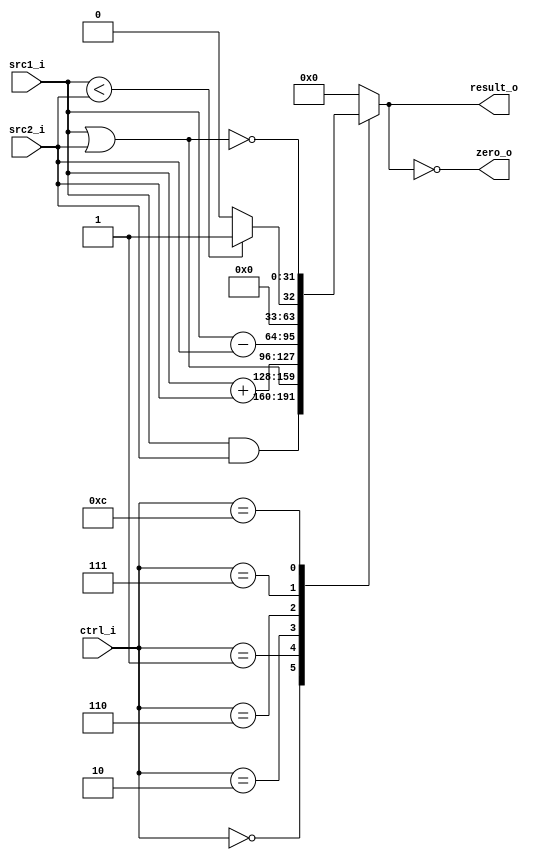
//Subject:     CO project 2 - ALU
//--------------------------------------------------------------------------------
//Version:     1
//--------------------------------------------------------------------------------
//Writer:      
//----------------------------------------------
//Date:        
//----------------------------------------------
//Description: 
//--------------------------------------------------------------------------------

module ALU(
    src1_i,
	src2_i,
	ctrl_i,
	result_o,
	zero_o
	);
     
//I/O ports
input  [32-1:0]  src1_i;
input  [32-1:0]	 src2_i;
input  [4-1:0]   ctrl_i;

output [32-1:0]	 result_o;
output           zero_o;

//Internal signals
reg    [32-1:0]  result_o;
wire             zero_o;

//Parameter

//Main function
assign zero_o = (result_o == 0);
always@(ctrl_i, src1_i, src2_i)
begin
	case(ctrl_i)
		0: result_o <= src1_i & src2_i; //ALUCtrl=0 for and
		1: result_o <= src1_i | src2_i; //ALUCtrl=1 for or
		2: result_o <= src1_i + src2_i; //ALUCtrl=2 for add
		6: result_o <= src1_i - src2_i; //ALUCtrl=6 for sub
		7: result_o <= src1_i < src2_i ? 1 : 0; //ALUCtrl=7 for slt
		12: result_o <= ~(src1_i | src2_i); //ALUCtrl=12 for nor
		default: result_o <= 0;
	endcase
end
endmodule